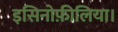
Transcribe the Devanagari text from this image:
इसिनोफ़ीलिया।